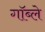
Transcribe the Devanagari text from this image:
गॉब्ले